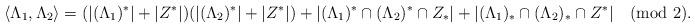
LaTeX: \begin{align*}\langle\Lambda_1,\Lambda_2\rangle=(|(\Lambda_1)^*|+|Z^*|)(|(\Lambda_2)^*|+|Z^*|)+|(\Lambda_1)^*\cap(\Lambda_2)^*\cap Z_*|+|(\Lambda_1)_*\cap(\Lambda_2)_*\cap Z^*|\pmod 2.\end{align*}